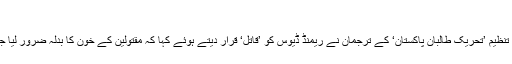
‘‘
ممنوعہ تنظیم ’تحریک طالبان پاکستان‘ کے ترجمان نے ریمنڈ ڈیوس کو ’قاتل‘ قرار دیتے ہوئے کہا کہ مقتولین کے خون کا بدلہ ضرور لیا جائے گا۔